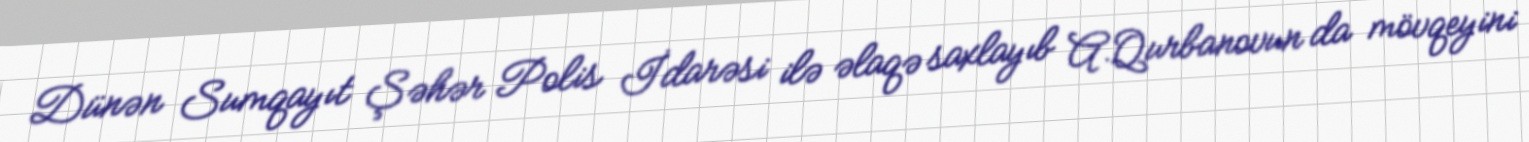
Dünən Sumqayıt Şəhər Polis İdarəsi ilə əlaqə saxlayıb A.Qurbanovun da mövqeyini